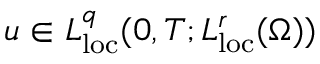
u \in L _ { \mathrm { l o c } } ^ { q } ( 0 , T ; L _ { \mathrm { l o c } } ^ { r } ( \Omega ) )